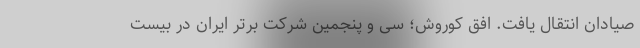
صیادان انتقال یافت. افق کوروش؛ سی و پنجمین شرکت برتر ایران در بیست